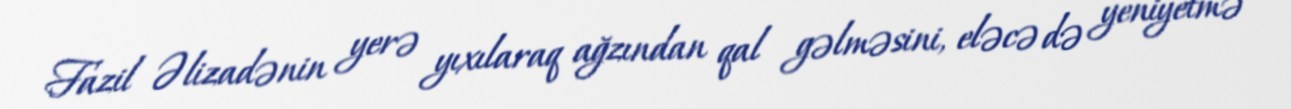
Fazil Əlizadənin yerə yıxılaraq ağzından qal gəlməsini, eləcə də yeniyetmə